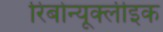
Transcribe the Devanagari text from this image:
रिबोन्यूक्लीइक